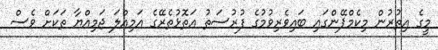
މީގެ އިތުރުން މިކެމްޕޭންގައި ބައިވެރިވުމުގެ ފުރުސަތު އަތޮޅުތެރޭގެ އަމިއްލަ ޖަމިއްޔާ ތަކަށް ވެސް